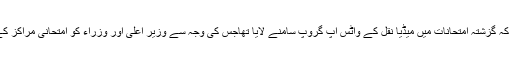
چیئرمین بورڈ نے مزید کہا کہ گزشتہ امتحانات میں میڈیا نقل کے واٹس اپ گروپ سامنے لایا تھاجس کی وجہ سے وزیر اعلیٰ اور وزراء کو امتحانی مراکز کے دورے کرنے پڑے تھے۔